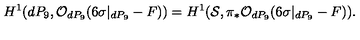
H ^ { 1 } ( d P _ { 9 } , { \cal O } _ { d P _ { 9 } } ( 6 \sigma | _ { d P _ { 9 } } - F ) ) = H ^ { 1 } ( { \cal S } , \pi _ { * } { \cal O } _ { d P _ { 9 } } ( 6 \sigma | _ { d P _ { 9 } } - F ) ) .